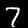
Digit: 7